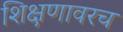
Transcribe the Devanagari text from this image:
शिक्षणावरच